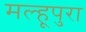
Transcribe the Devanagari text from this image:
मल्हूपुरा